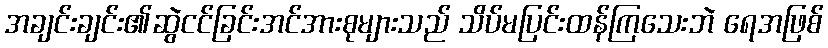
အချင်းချင်း၏ဆွဲငင်ခြင်းအင်အားစုများသည် သိပ်မပြင်းထန်ကြသေးဘဲ ရေအဖြစ်